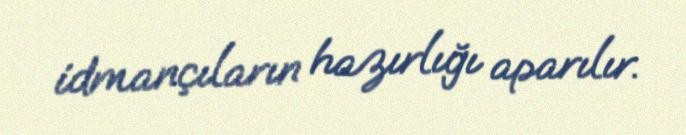
idmançıların hazırlığı aparılır.